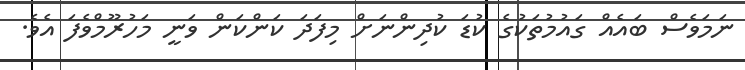
ނަމަވެސް ބައެއް ގައުމުތަކުގެ ކުޑަ ކުދިންނަށް މިފަދަ ކަންކަން ވަނީ މަހުރޫމްވެފަ އެވެ.